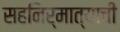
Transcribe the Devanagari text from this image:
सहनिर्मात्याची